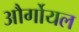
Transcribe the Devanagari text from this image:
और्गोयल